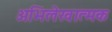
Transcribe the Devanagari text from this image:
अभिलेखात्मक